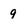
Character: 9